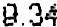
9.34